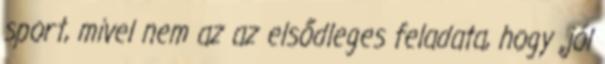
sport, mivel nem az az elsődleges feladata, hogy „jól